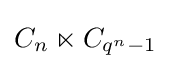
C_{n}\ltimes C_{q^{n}-1}